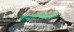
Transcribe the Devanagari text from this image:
कर्नाटाकाला